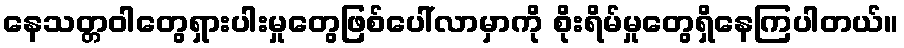
နေသတ္တဝါတွေရှားပါးမှုတွေဖြစ်ပေါ်လာမှာကို စိုးရိမ်မှုတွေရှိနေကြပါတယ်။